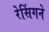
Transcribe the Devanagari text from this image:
रेसिंगने